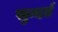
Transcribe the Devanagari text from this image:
सुन्दर्त